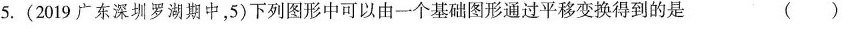
5.(2019广东深圳罗湖期中，5)下列图形中可以由一个基础图形通过平移变换得到的是 (）